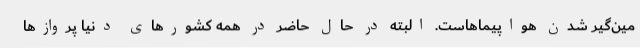
مین‌گیر شدن هواپیماهاست. البته در حال حاضر در همه کشورهای دنیا پروازها